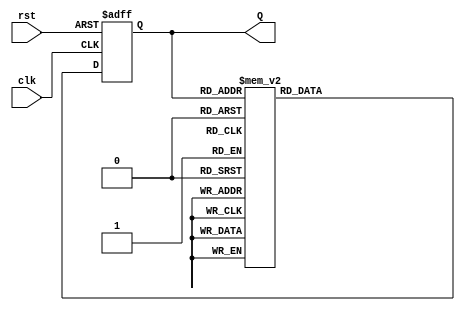
module up_counter_moore (
    input wire clk,      // Clock input
    input wire rst,      // Asynchronous reset input
    output reg [2:0] Q   // 3-bit output representing the current count value
);

// State transition logic
always @(posedge clk or posedge rst) begin
    if (rst) begin
        Q <= 3'b000; // Reset to state 0
    end else begin
        case (Q)
            3'b000: Q <= 3'b001; // State 0 to State 1
            3'b001: Q <= 3'b010; // State 1 to State 2
            3'b010: Q <= 3'b011; // State 2 to State 3
            3'b011: Q <= 3'b100; // State 3 to State 4
            3'b100: Q <= 3'b101; // State 4 to State 5
            3'b101: Q <= 3'b110; // State 5 to State 6
            3'b110: Q <= 3'b111; // State 6 to State 7
            3'b111: Q <= 3'b000; // State 7 wraps around to State 0
            default: Q <= 3'b000; // Default case (should not occur)
        endcase
    end
end

endmodule